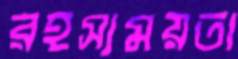
রহস্যময়তা